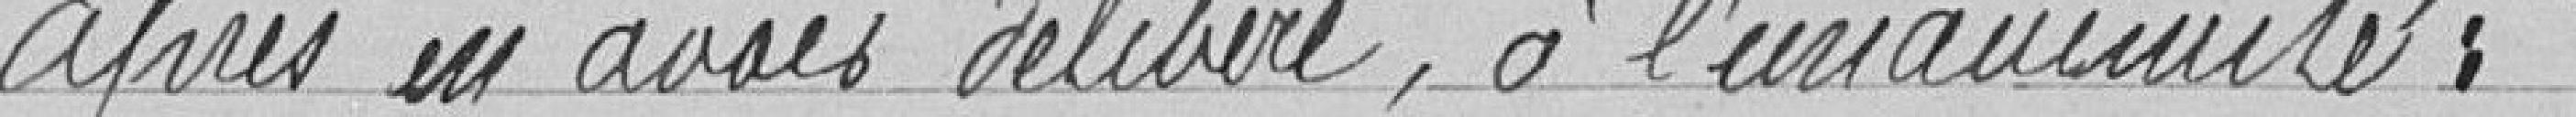
Après en avoir délibéré, à l'unanimité :